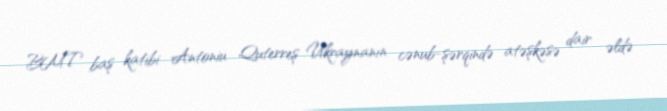
BMT baş katibi Antoniu Quterreş Ukraynanın cənub-şərqində atəşkəsə dair əldə